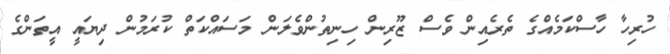
ހުރިހާ ހާސްކަމެއްގެ ތެރެއިން ވެސް ޒޫރިން ހިނިތުންވެލަން މަސައްކަތް ކުރަމުން ދިޔައީ އީތަންގެ